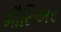
મૌરિઅર